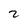
Character: 2